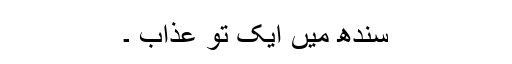
سندھ میں ایک تو عذاب ۔